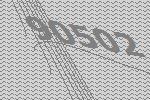
90502